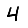
Digit: 4